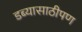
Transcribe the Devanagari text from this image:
डब्यासाठीपण